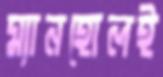
ম্যানহোলই